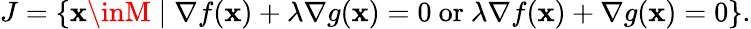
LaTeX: J=\{ \mathbf{x}\inM\mid\nabla{f(\mathbf{x})}+\lambda\nabla{g(\mathbf{x})}=0{\mathrm{{~or~}}}\lambda\nabla{f(\mathbf{x})}+\nabla{g(\mathbf{x})}=0\} .